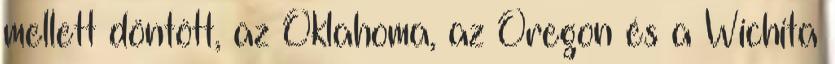
mellett döntött, az Oklahoma, az Oregon és a Wichita